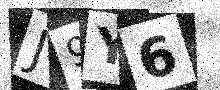
Text: J9Y6